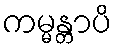
ကမ္မန္တာပိ